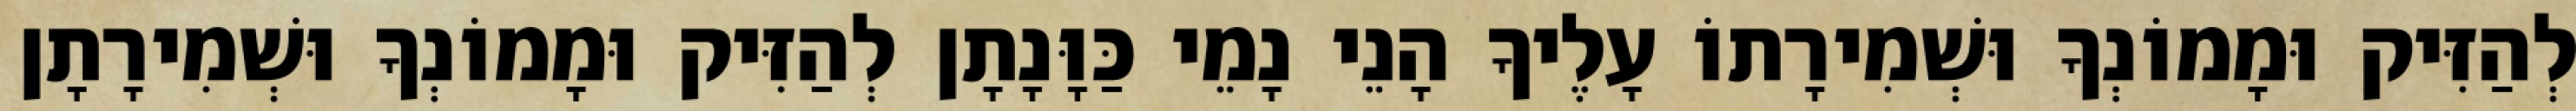
לְהַזִּיק וּמָמוֹנְךָ וּשְׁמִירָתוֹ עָלֶיךָ הָנֵי נָמֵי כַּוָּנָתָן לְהַזִּיק וּמָמוֹנְךָ וּשְׁמִירָתָן